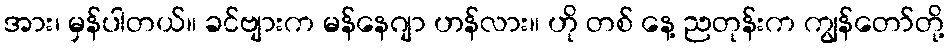
အား၊ မှန်ပါတယ်။ ခင်ဗျားက မန်နေဂျာ ဟန်လား။ ဟို တစ် နေ့ ညတုန်းက ကျွန်တော်တို့